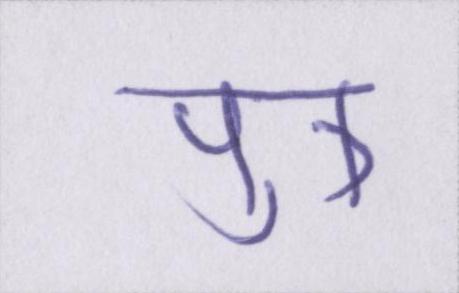
पुत्र